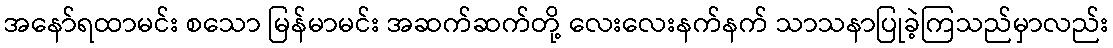
အနော်ရထာမင်း စသော မြန်မာမင်း အဆက်ဆက်တို့ လေးလေးနက်နက် သာသနာပြုခဲ့ကြသည်မှာလည်း